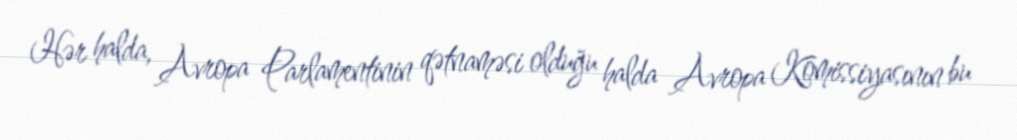
Hər halda, Avropa Parlamentinin qətnaməsi olduğu halda Avropa Komissiyasının bu